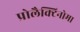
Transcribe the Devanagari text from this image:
प्रोलैक्टिनोमा